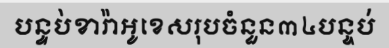
បន្ទប់ខារ៉ាអូខេសរុបចំនួន៣៤បន្ទប់